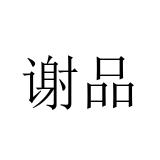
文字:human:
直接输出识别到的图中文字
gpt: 谢品